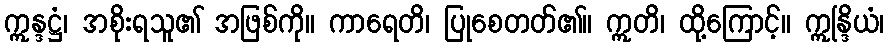
ဣန္ဒဋ္ဌံ၊ အစိုးရသူ၏ အဖြစ်ကို။ ကာရေတိ၊ ပြုစေတတ်၏။ ဣတိ၊ ထို့ကြောင့်။ ဣန္ဒြိယံ၊